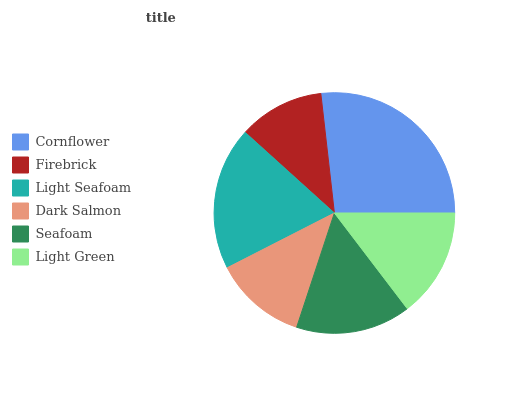
| Cornflower | Firebrick | Light Seafoam | Dark Salmon | Seafoam | Light Green |
 | --- | --- | --- | --- | --- | --- |
 | 26.7% | 11.5% | 19.3% | 12.4% | 15.4% | 14.6% |